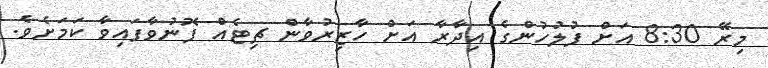
މިރޭ 8:30 އަށް ފުލުހުންގެ އިދާރާ އަށް ހާޒިރުވާން ޗިޓެއް ފޮނުވާފައިވާ ކަމަށެވެ.